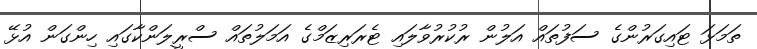
ތަމަޅަ ޓައިގަރުންގެ ސަފުތައް އަލުން ރުކުރުވާލައި ޓެރަރިޒަމްގެ އަމަލުތައް ސްރީލަންކާގައި ހިންގަން އުޅޭ